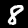
Label: 8